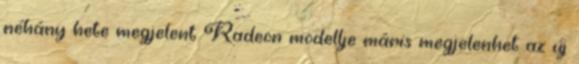
néhány hete megjelent Radeon modellje máris megjelenhet az új